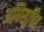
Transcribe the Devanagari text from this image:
अधिसूचित